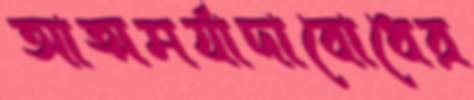
আত্মমর্যাদাবোধের